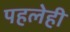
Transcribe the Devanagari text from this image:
पहलेही